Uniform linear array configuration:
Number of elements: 8
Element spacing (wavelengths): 0.5
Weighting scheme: hann
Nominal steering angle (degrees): -15
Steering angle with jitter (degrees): -15.093
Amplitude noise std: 0.05
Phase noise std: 0.05

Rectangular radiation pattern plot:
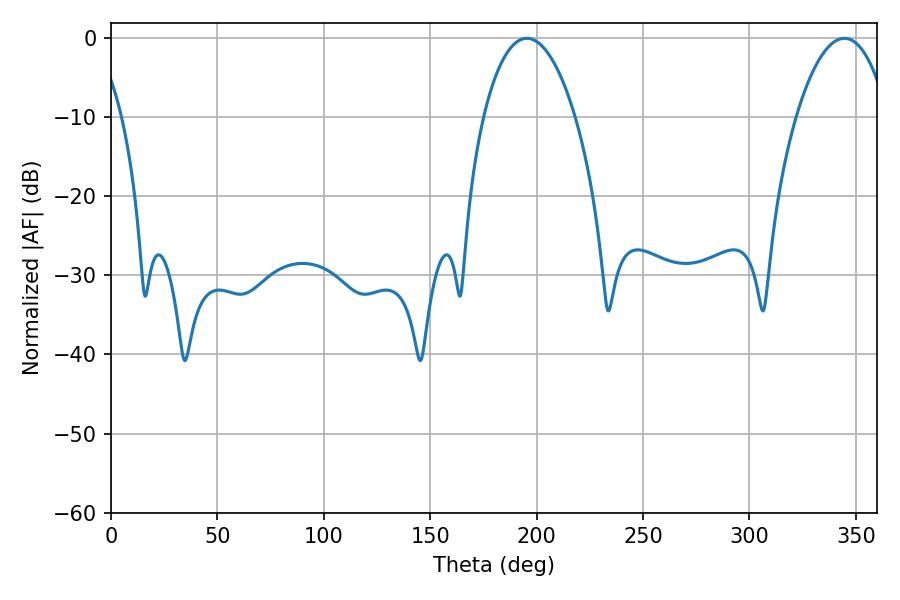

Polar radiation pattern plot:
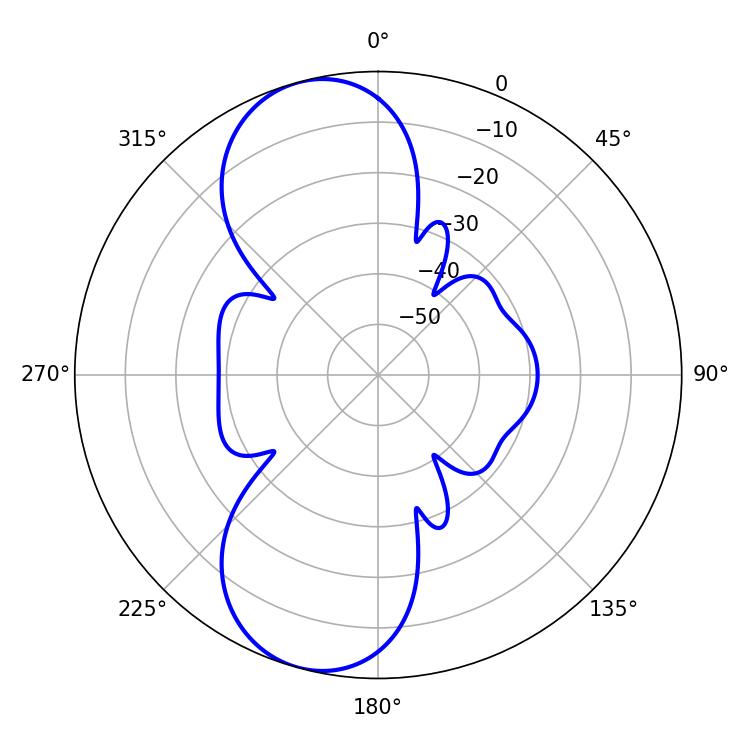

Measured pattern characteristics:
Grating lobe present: FALSE
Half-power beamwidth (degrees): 24.3
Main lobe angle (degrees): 195.48